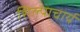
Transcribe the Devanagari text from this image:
शिल्पाचार्य